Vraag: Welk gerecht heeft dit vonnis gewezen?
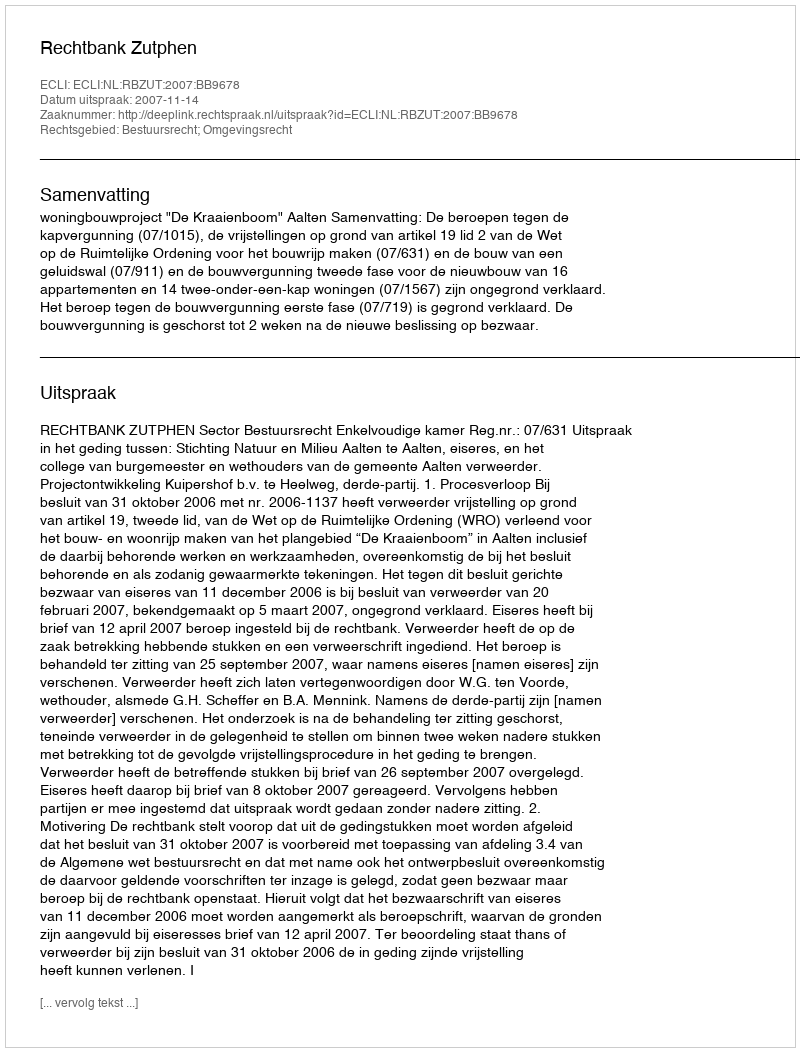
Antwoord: Rechtbank Zutphen